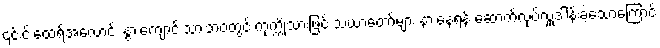
၎င်းင်းထေရ်အလောင်း နွားကျောင်းသားဘဝတွင် ကုက္ကိုသားဖြင့် သံဃာတော်များ နားနေရန် ဆောက်လုပ်လှူဒါန်းခဲ့သောကြောင့်